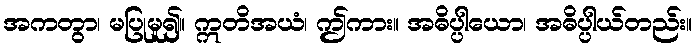
အကတွာ၊ မပြုမူ၍။ ဣတိအယံ၊ ဤကား။ အဓိပ္ပါယော၊ အဓိပ္ပါယ်တည်း။